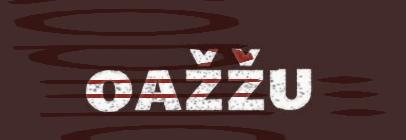
oažžu